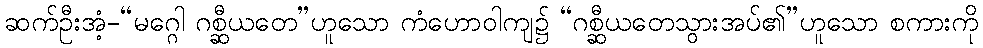
ဆက်ဦးအံ့-“မဂ္ဂေါ ဂစ္ဆီယတေ”ဟူသော ကံဟောဝါကျ၌ “ဂစ္ဆီယတေသွားအပ်၏”ဟူသော စကားကို